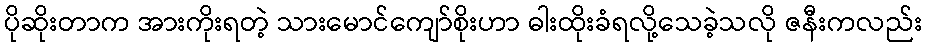
ပိုဆိုးတာက အားကိုးရတဲ့ သားမောင်ကျော်စိုးဟာ ဓါးထိုးခံရလို့သေခဲ့သလို ဇနီးကလည်း